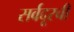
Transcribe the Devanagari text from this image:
सर्वदूरची